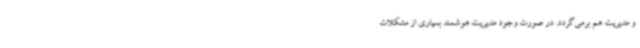
و مدیریت هم برمی‌گردد. در صورت وجود مدیریت هوشمند بسیاری از مشکلات